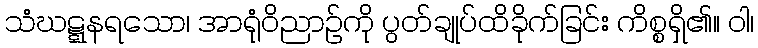
သံဃဋ္ဋနရသော၊ အာရုံဝိညာဉ်ကို ပွတ်ချုပ်ထိခိုက်ခြင်း ကိစ္စရှိ၏။ ဝါ၊